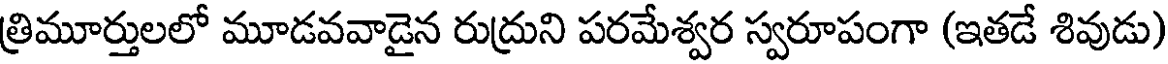
త్రిమూర్తులలో మూడవవాడైన రుద్రుని పరమేశ్వర స్వరూపంగా (ఇతడే శివుడు)